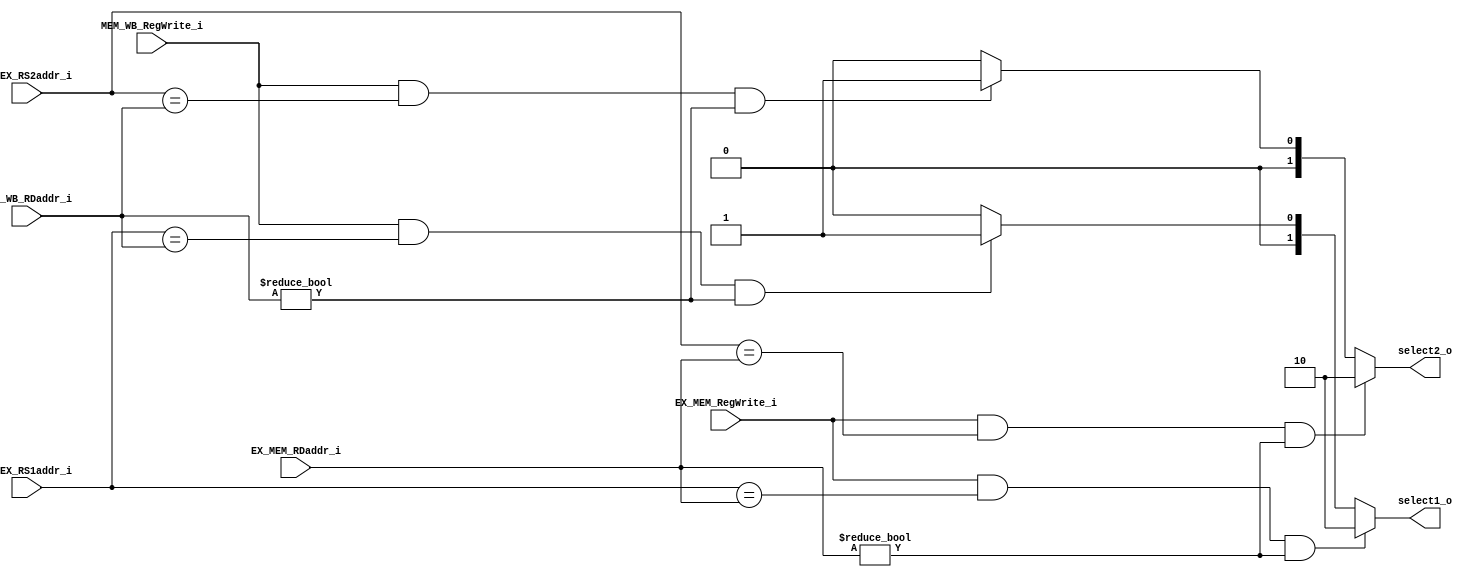
module Forward
(
	ID_EX_RS1addr_i,
	ID_EX_RS2addr_i,
	EX_MEM_RDaddr_i,
	MEM_WB_RDaddr_i,
	EX_MEM_RegWrite_i,
	MEM_WB_RegWrite_i,
	select1_o,
	select2_o
);

input [4:0] ID_EX_RS1addr_i;
input [4:0] ID_EX_RS2addr_i;
input [4:0] EX_MEM_RDaddr_i;
input [4:0] MEM_WB_RDaddr_i;
input EX_MEM_RegWrite_i;
input MEM_WB_RegWrite_i;

output [1:0] select1_o;
output [1:0] select2_o;

reg [1:0] select1_reg;
reg [1:0] select2_reg;

assign select1_o = select1_reg;
assign select2_o = select2_reg;

always @(ID_EX_RS1addr_i or ID_EX_RS2addr_i or EX_MEM_RDaddr_i or MEM_WB_RDaddr_i or EX_MEM_RegWrite_i or MEM_WB_RegWrite_i)
begin
	if(EX_MEM_RegWrite_i && ID_EX_RS1addr_i==EX_MEM_RDaddr_i && EX_MEM_RDaddr_i!=5'b00000) // EX hazard
	begin
		select1_reg = 2'b10;
	end
	else if(MEM_WB_RegWrite_i && ID_EX_RS1addr_i==MEM_WB_RDaddr_i && MEM_WB_RDaddr_i!=5'b00000) // MEM hazard
	begin
		select1_reg = 2'b01;
	end
	else
	begin
		select1_reg = 2'b00;
	end

	if(EX_MEM_RegWrite_i && ID_EX_RS2addr_i==EX_MEM_RDaddr_i && EX_MEM_RDaddr_i!=5'b00000) // EX hazard
	begin
		select2_reg = 2'b10;
	end
	else if(MEM_WB_RegWrite_i && ID_EX_RS2addr_i==MEM_WB_RDaddr_i && MEM_WB_RDaddr_i!=5'b00000) // MEM hazard
	begin
		select2_reg = 2'b01;
	end
	else
	begin
		select2_reg = 2'b00;
	end
end

endmodule